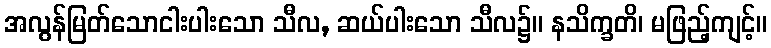
အလွန်မြတ်သောငါးပါးသော သီလ, ဆယ်ပါးသော သီလ၌။ နသိက္ခတိ၊ မဖြည့်ကျင့်။